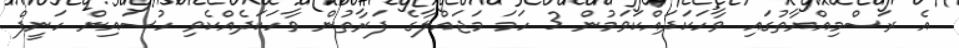
އެ ރަސްމިއްޔާތުގައި ވާހަކަދައްކަވަމުން 3 ހަމަ މަޖައްލާގެ ފަރާތުން ވާހަކަދެއްކެވި ހުސައިން ހަނީފް